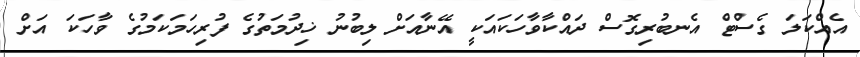
އެއްކަލަ ގެސްޓް އެނބުރިގޮސް ދައްކާވާހަކައަކީ އޭނާއަށް ލިބުނު ޚިދުމަތުގެ ފުރިހަމަކަމުގެ ވާހަކަ އަށް